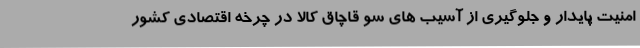
امنیت پایدار و جلوگیری از آسیب های سو قاچاق کالا در چرخه اقتصادی کشور